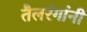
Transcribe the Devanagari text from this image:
तैलरंगांनी